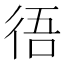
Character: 𢓲